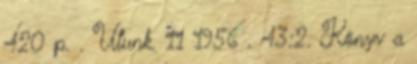
420 p. . Utunk. 11 1956 . 43:2. Könyv a